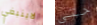
لاينبغي حتى